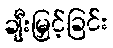
ချီးမြှင့်ခြင်း